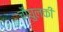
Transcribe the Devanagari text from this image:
चौघुलकी